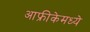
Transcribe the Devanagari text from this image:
आफ्रीकेमध्ये